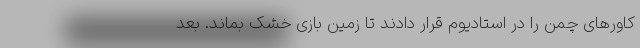
کاورهای چمن را در استادیوم قرار دادند تا زمین بازی خشک بماند. بعد